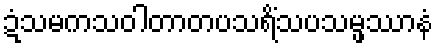
ဍံသမကသဝါတာတပသရိံသပသမ္ဖဿာနံ